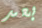
بعد